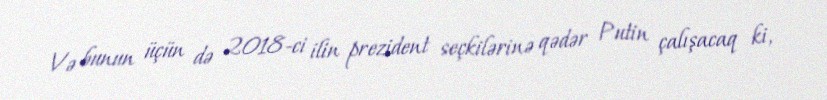
Və bunun üçün də 2018-ci ilin prezident seçkilərinə qədər Putin çalışacaq ki,